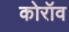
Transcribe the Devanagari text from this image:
कोरॉव